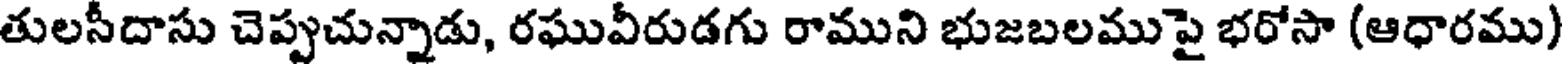
తులసీదాసు చెప్పుచున్నాడు, రఘువీరుడగు రాముని భుజబలముపై భరోసా (ఆధారము)